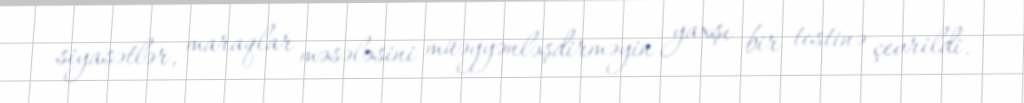
siyasətlər, maraqlar məsələsini müəyyənləşdirməyin yaxşı bir testinə çevrildi.